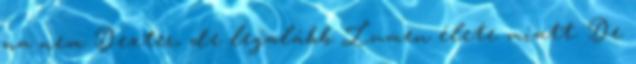
na nem Dexter, de legalább Lumen élete miatt. De